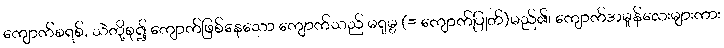
ကျောက်စရစ်, သဲတို့စု၍ ကျောက်ဖြစ်နေသော ကျောက်သည် မရုမ္ဗ (= ကျောက်ပြုတ်)မည်၏၊ ကျောက်အမှုန်လေးများကား